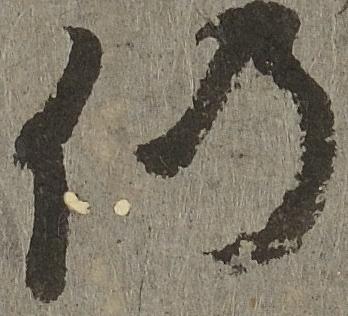
仍